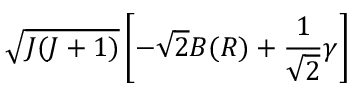
\sqrt { J ( J + 1 ) } \left[ - \sqrt { 2 } B ( R ) + \frac { 1 } { \sqrt { 2 } } \ensuremath { \gamma } \right]